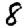
Digit: 8